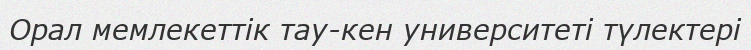
Орал мемлекеттік тау-кен университеті түлектері